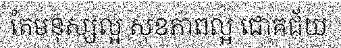
តែមនុស្សល្អ សុខភាពល្អ ជោគជ័យ